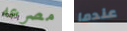
مصرعه عندما